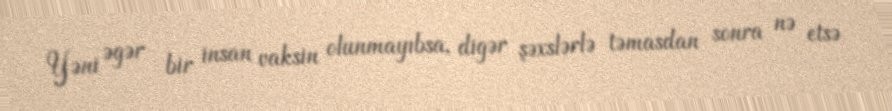
Yəni əgər bir insan vaksin olunmayıbsa, digər şəxslərlə təmasdan sonra nə etsə